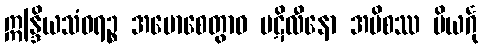
ဣန္ဒြိယသံဝရဉ္စ အမောစေတွာဝ ပဋိလီနော အပိစဿ ပိယင်္ဂု